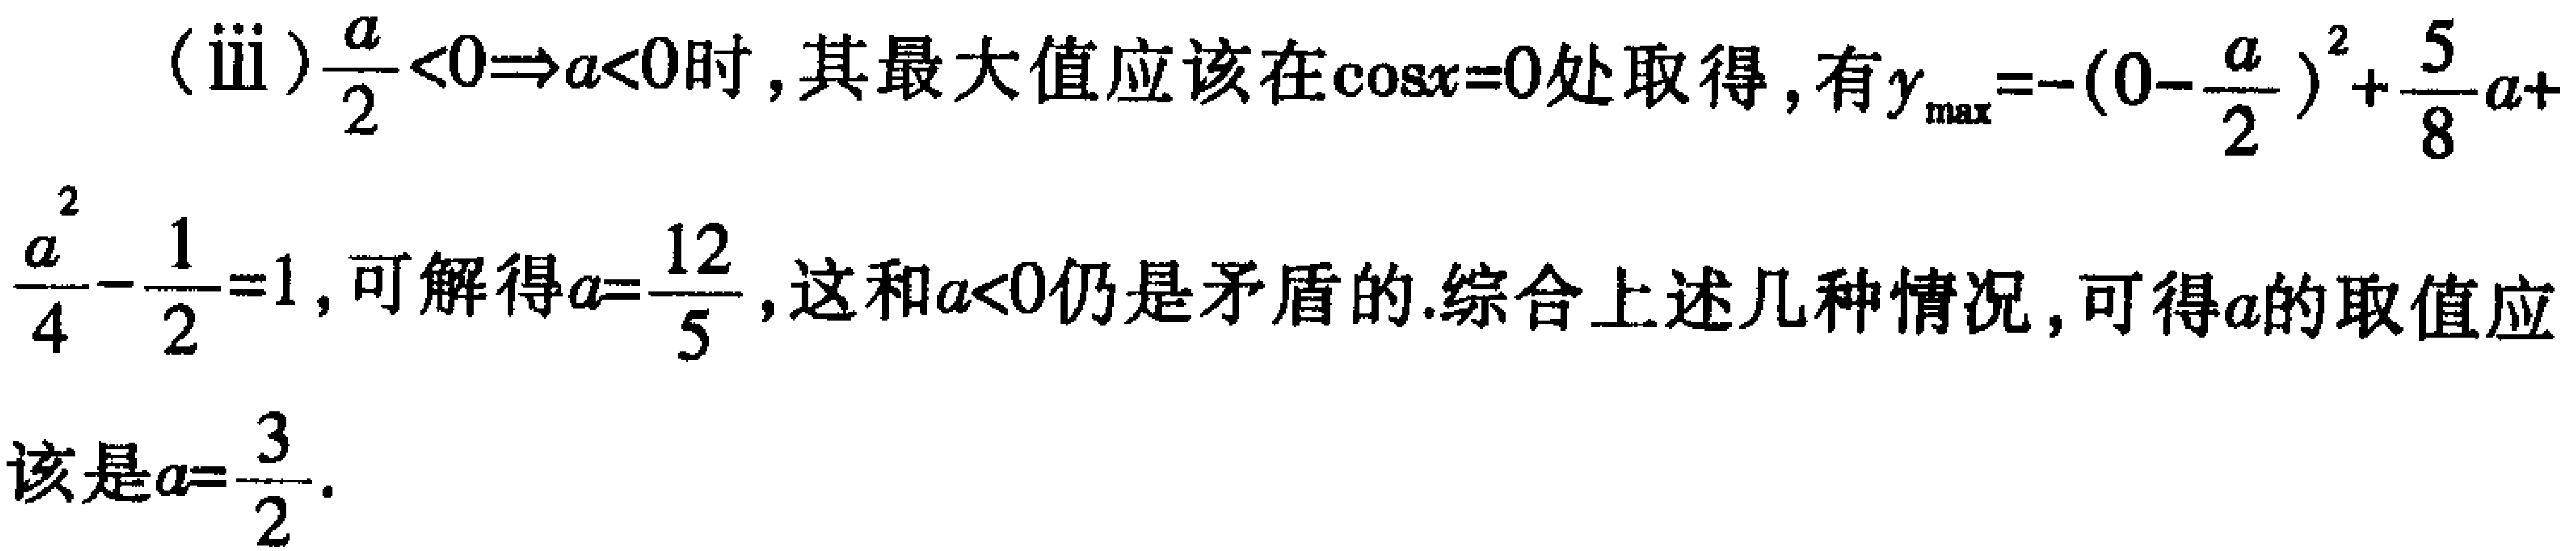
(iii) \(\frac{a}{2}<0\Rightarrow a < 0\)时，其最大值应该在\(\cos x = 0\)处取得，有\(y_{\max}=-\left(0 - \frac{a}{2}\right)^2+\frac{5}{8}a + \frac{a^2}{4}-\frac{1}{2}=1\)，可解得\(a = \frac{12}{5}\)，这和\(a<0\)仍是矛盾的.综合上述几种情况，可得\(a\)的取值应该是\(a=\frac{3}{2}\).